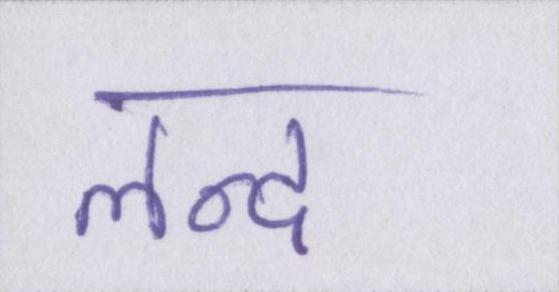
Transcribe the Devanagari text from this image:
लन्द